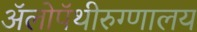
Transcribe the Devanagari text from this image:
ॲलोपॅथीरुग्णालय